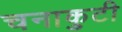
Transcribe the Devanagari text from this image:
चनाकुटी